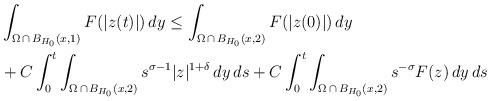
LaTeX: \begin{align*} & \int_{\Omega\,\cap\,B_{H_0}(x,1)}F(|z(t)|)\,dy \le\int_{\Omega\,\cap\,B_{H_0}(x,2)}F(|z(0)|)\,dy\\ & +C\int_0^t\int_{\Omega\,\cap\,B_{H_0}(x,2)} s^{\sigma-1}|z|^{1+\delta}\,dy\,ds+C\int_0^t\int_{\Omega\,\cap\,B_{H_0}(x,2)} s^{-\sigma}F(z)\,dy\,ds\end{align*}